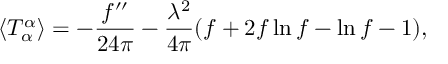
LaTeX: \langle T _ { \alpha } ^ { \alpha } \rangle = - { \frac { f ^ { \prime \prime } } { 2 4 \pi } } - { \frac { \lambda ^ { 2 } } { 4 \pi } } ( f + 2 f \ln f - \ln f - 1 ) ,